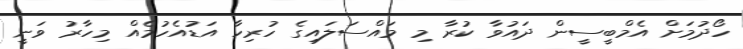
ހޯދުމަށް އެމްބީސީން ދައުވާ ކުރާ މި މައްސަލައިގެ ހުރިހާ އަޑުއެހުމެއް މިހާރު ވަނީ